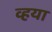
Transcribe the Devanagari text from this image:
व्हया